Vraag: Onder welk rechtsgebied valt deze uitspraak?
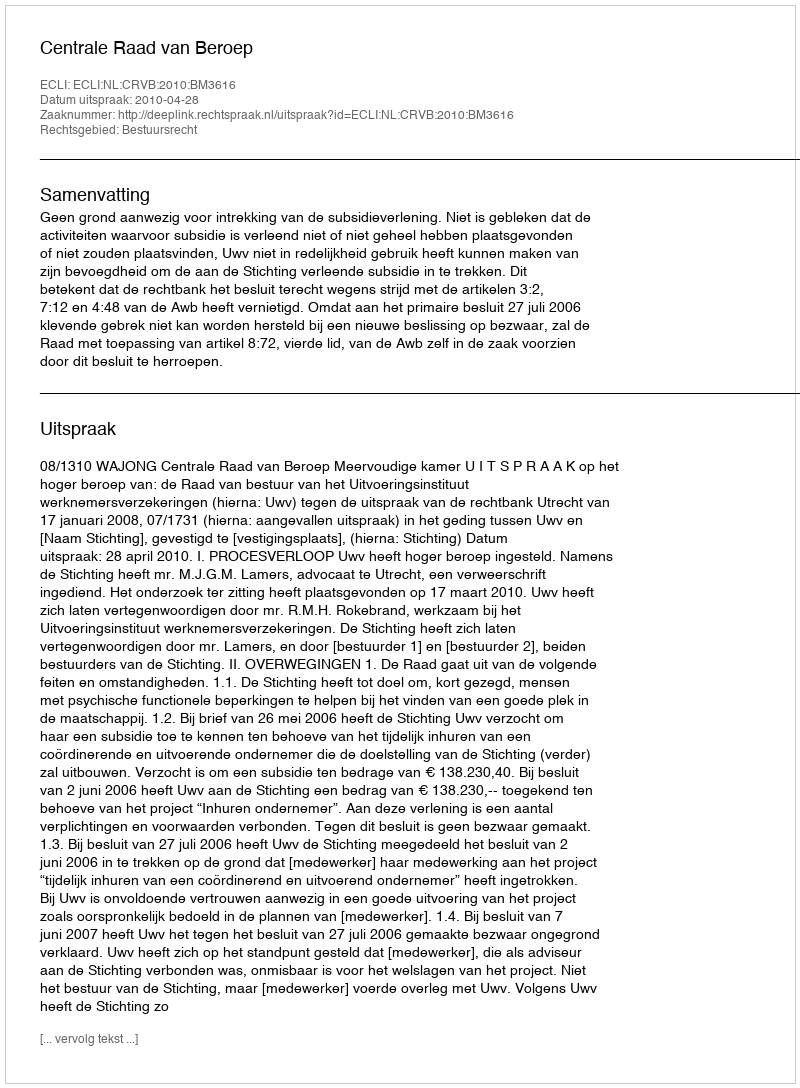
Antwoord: Bestuursrecht